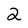
Character: 2